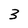
Character: 3